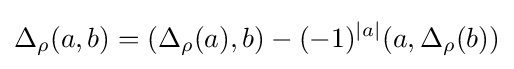
{\Delta }_{\rho }(a,b)=({\Delta }_{\rho }(a),b)-(-1)^{\left|a\right|}(a,{\Delta }_{\rho }(b))